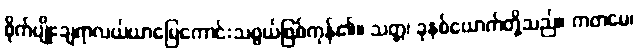
စိုက်ပျိုးချရာလယ်ယာမြေကောင်းသဖွယ်ဖြစ်ကုန်၏။ သတ္တ၊ ခုနစ်ယောက်တို့သည်။ ကတမေ၊